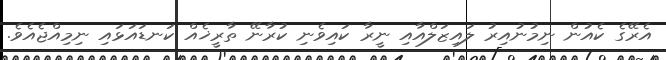
އެރޭގެ ކެއުން ނިމުނުއިރު ލައިޒަލްއާއި ނީރާ ކައިވެނި ކުރާނޭ ތާރީޚެއް ކަނޑައަޅައި ނިމިއްޖެއެވެ.